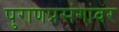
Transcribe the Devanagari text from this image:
पुराणप्रसंगांवर